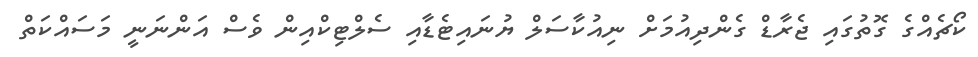
ކޯޗެއްގެ ގޮތުގައި ޖެރާޑް ގެންދިއުމަށް ނިއުކާސަލް ޔުނައިޓެޑާއި ސެލްޓިކްއިން ވެސް އަންނަނީ މަސައްކަތް